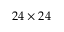
2 4 \times 2 4